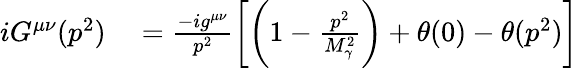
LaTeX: \begin{array}{rl}{iG^{\mu\nu}(p^{2})}&{{}=\frac{-ig^{\mu\nu}}{p^{2}}\biggl[\biggl(1-\frac{p^{2}}{M_{\gamma}^{2}}\biggr)+\theta(0)-\theta(p^{2})\biggr]}\end{array}